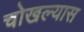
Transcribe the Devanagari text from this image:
चोखल्यास